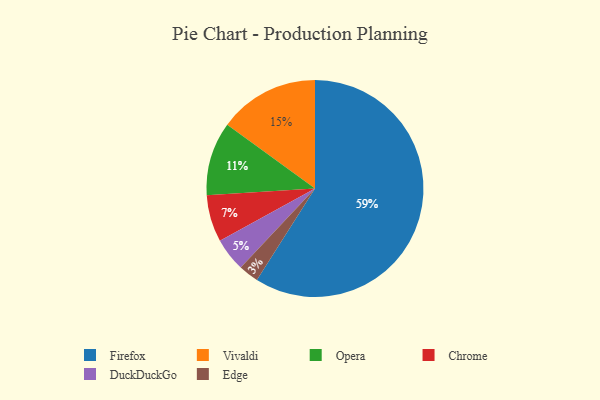
{"axis": {"x": "Category", "y": "Percentage"}, "legend": ["Chrome", "DuckDuckGo", "Edge", "Firefox", "Opera", "Vivaldi"], "data": [{"x": "Vivaldi", "y": 15, "type": "Vivaldi"}, {"x": "Firefox", "y": 59, "type": "Firefox"}, {"x": "Opera", "y": 11, "type": "Opera"}, {"x": "DuckDuckGo", "y": 5, "type": "DuckDuckGo"}, {"x": "Edge", "y": 3, "type": "Edge"}, {"x": "Chrome", "y": 7, "type": "Chrome"}]}